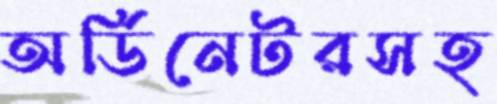
অর্ডিনেটরসহ